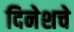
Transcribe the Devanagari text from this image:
दिनेशचे